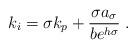
LaTeX: \begin{align*} k_{i}=\sigma k_{p}+\frac{\sigma a_\sigma}{be^{h\sigma}} \;.\end{align*}